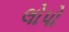
લોપો